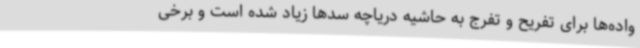
واده‌ها برای تفریح و تفرج به حاشیه دریاچه سدها زیاد شده است و برخی